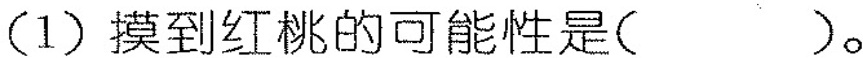
(1)摸到红桃的可能性是()。